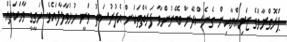
ޕްރޮގްރާމްގެ ޒަރިއްޔާއިން ގެނެސްދޭން ބޭނުންވާ ފަރާތްތަކަށް އެފުރުސަތު ވަނީ ހުޅުވާލާފައެވެ. ހަގީގީ ވާހަކަތައް